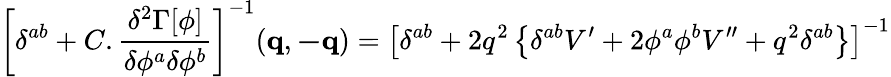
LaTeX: \left[\delta^{ab}+C.\frac{\delta^{2}\Gamma[\phi]}{\delta\phi^{a}\delta\phi^{b}}\right]^{-1}(\mathbf{q},\mathbf{-q})=\left[\delta^{ab}+2q^{2}\left\{ \delta^{ab}V^{\prime}+2\phi^{a}\phi^{b}V^{\prime\prime}+q^{2}\delta^{ab}\right\} \right]^{-1}